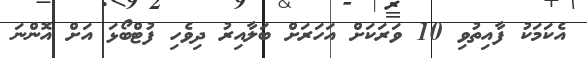
އެކަމަކު ފާއިތުވި 10 ވަރަކަށް އަހަރަށް ބަލާއިރު ދިވެހި ފުޓްބޯޅަ އަށް އޮންނަ